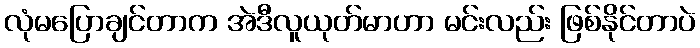
လုံမပြောချင်တာက အဲဒီလူယုတ်မာဟာ မင်းလည်း ဖြစ်နိုင်တာပဲ